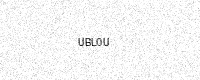
Text: UBL0U